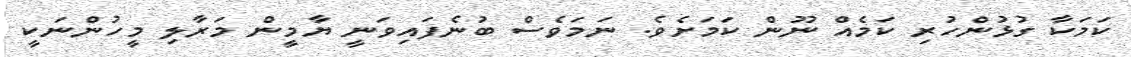
ކަމަކާ ގުޅުންހުރި ކަމެއް ނޫން ކަމަށެވެ. ނަމަވެސް ބުނެފައިވަނީ ޔާމީން މަރާލި މީހުންނަކީ